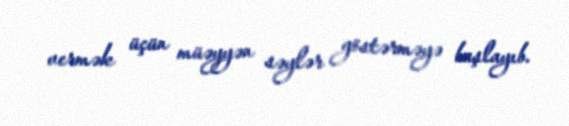
vermək üçün müəyyən səylər göstərməyə başlayıb.